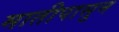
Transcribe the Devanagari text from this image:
मातीपासुन